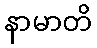
နာမာတိ